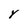
Character: Y